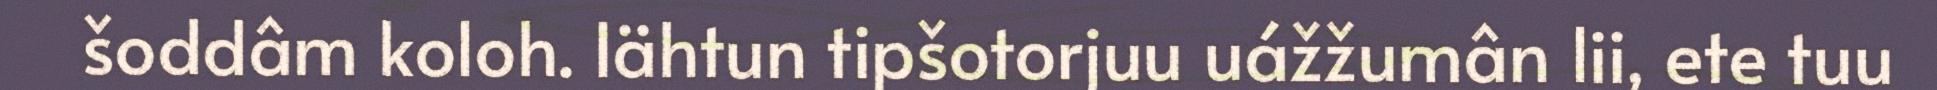
šoddâm koloh. Iähtun tipšotorjuu uážžumân lii, ete tuu